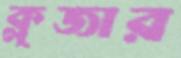
ক্লুজার